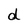
Character: d